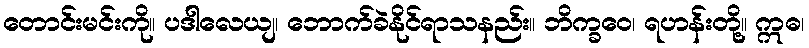
တောင်းမင်းကို။ ပဒါလေယျ၊ ဘောက်ခဲနိုင်ရာသနည်း။ ဘိက္ခဝေ၊ ရဟန်းတို့။ ဣဓ၊